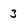
Character: 3